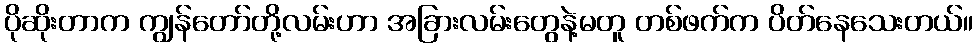
ပိုဆိုးတာက ကျွန်တော်တို့လမ်းဟာ အခြားလမ်းတွေနဲ့မတူ တစ်ဖက်က ပိတ်နေသေးတယ်။